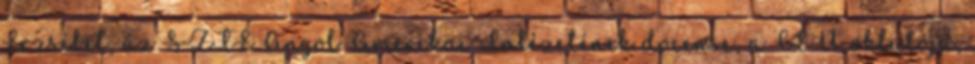
Erzsébet, az SZTE Angol-Amerikai Intézetének docense, a CEU oktatója,